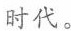
时代。